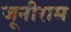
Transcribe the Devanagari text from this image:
जूनीराम